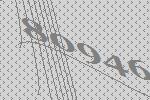
80946